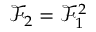
\mathcal { F } _ { 2 } = \mathcal { F } _ { 1 } ^ { 2 }